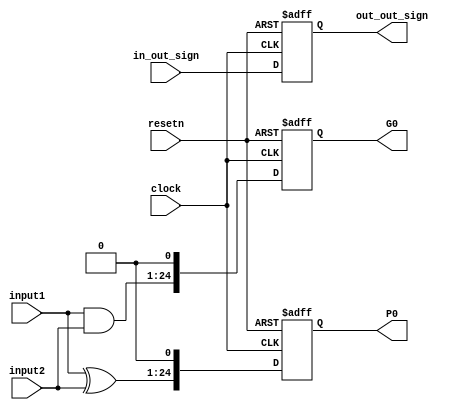
module fr_adder_prepare(clock, resetn, input1, input2, in_out_sign, out_out_sign, G0, P0);
	input clock, resetn;
	
	input in_out_sign;
	input [23:0] input1, input2;
	
	output reg out_out_sign;
	output reg [24:0] G0, P0;
	
	wire [24:0] G;
	assign G[24:1]	= input1 & input2;
	assign G[0] = 0; //Cin 
	
	wire [24:0] P;
	assign P[24:1] = input1 ^ input2;
	assign P[0] = 0;
	

	always@(posedge clock, negedge resetn) begin
		if(!resetn) begin
			out_out_sign <= 0;
			G0 <= 0;
			P0 <= 0;
		end
		else begin
			out_out_sign <= in_out_sign;
			G0 <= G;
			P0 <= P;
		end
	end

endmodule